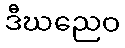
ဒီဃညေဝ